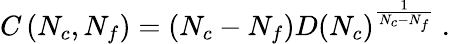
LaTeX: C\left(N_{c},N_{f}\right)=\left(N_{c}-N_{f}\right)D\left(N_{c}\right)^{\frac{1}{N_{c}-N_{f}}}\ .